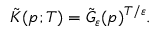
{ \tilde { K } } ( p ; T ) = { \tilde { G } } _ { \varepsilon } ( p ) ^ { T / \varepsilon } .